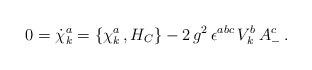
LaTeX: \begin{align*}0 = {\dot\chi}^a_k =\{\chi^a_k\,, H_C \} - 2\, g^2\, \epsilon^{abc} \, V^b_k\, A^c_- \,.\end{align*}